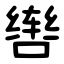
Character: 辔